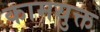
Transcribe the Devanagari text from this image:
कामयुक्त